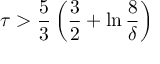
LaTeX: \tau > { \frac { 5 } { 3 } } \left( { \frac { 3 } { 2 } } + \ln { \frac { 8 } { \delta } } \right)